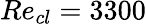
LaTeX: Re_{cl}=3300